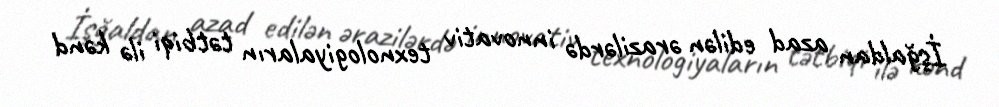
İşğaldan azad edilən ərazilərdə innovativ texnologiyaların tətbiqi ilə kənd